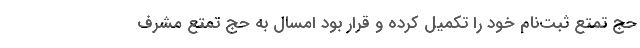
حج تمتع ثبت‌نام خود را تکمیل کرده و قرار بود امسال به حج تمتع مشرف